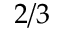
2 / 3